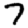
Digit: 7